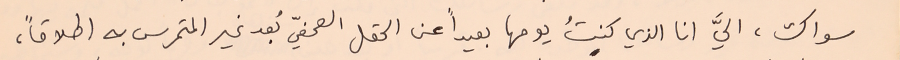
سواك، اليَّ انا الذي كنتُ يومها بعيداً عن الحقل الصحفيّ بُعد غير المتمرس به إطلاقاً،